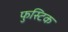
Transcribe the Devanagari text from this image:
फुस्टिक